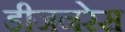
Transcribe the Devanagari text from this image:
डीजनरेस